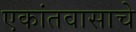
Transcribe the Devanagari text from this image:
एकांतवासाचे